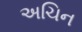
અચિન